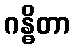
ဂန္ဓိတာ